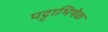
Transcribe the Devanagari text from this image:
पट्टाभिषेक